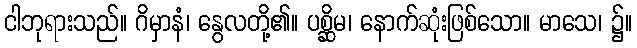
ငါဘုရားသည်။ ဂိမှာနံ၊ နွေလတို့၏။ ပစ္ဆိမ၊ နောက်ဆုံးဖြစ်သော။ မာသေ၊ ၌။